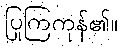
ပြုကြကုန်၏။